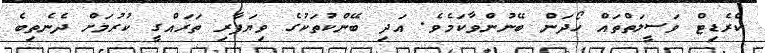
ކްރެޑިޓް ވަސީލަތްތައް ހޯދަން ބޭނުންވާކަމެވެ. އަދި ބޭންކުތަކުގެ ވިޔަފާރި ތަރައްގީ ކުރުމަށް ދެނެތިބެ